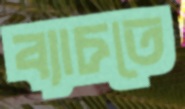
ব্যাচতে